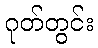
ဂုတ်တွင်း